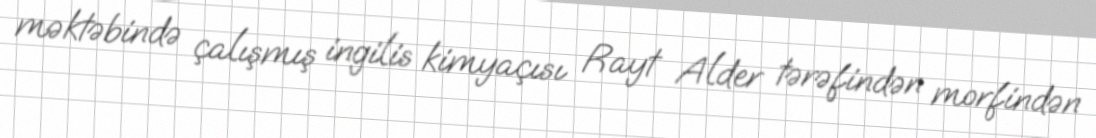
məktəbində çalışmış ingilis kimyaçısı Rayt Alder tərəfindən morfindən